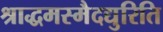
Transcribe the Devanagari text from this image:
श्राद्धमस्मैदद्युरिति